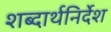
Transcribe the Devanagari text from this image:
शब्दार्थनिर्देश